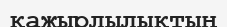
қажырлылықтың